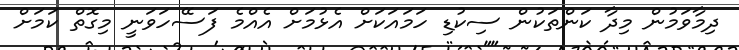
ދިމާވަމުން މިދާ ކަންތަކުން ސިކުޑި ހަމައަކަށް އެޅުމަށް އެއްމެ ފަސޭހަވަނީ މިގޮތް ކަމަށް